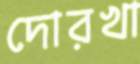
দোরখা